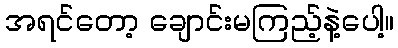
အရင်တော့ ချောင်းမကြည့်နဲ့ပေါ့။